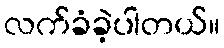
လက်ခံခဲ့ပါတယ်။